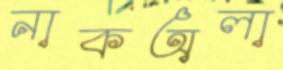
নাকঅলা